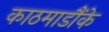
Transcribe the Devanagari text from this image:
काठमाडौंके